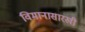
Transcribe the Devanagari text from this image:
विमानासारखी